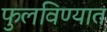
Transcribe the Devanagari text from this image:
फुलविण्यात